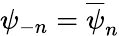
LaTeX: \psi_{-n}=\overline{{\psi}}_{n}